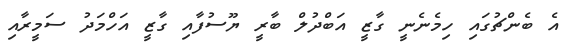
އެ ބެންޗުގައި ހިމެނެނީ ގާޒީ އަބްދުލް ބާރީ ޔޫސުފާއި ގާޒީ އަހްމަދު ސަމީރާއި